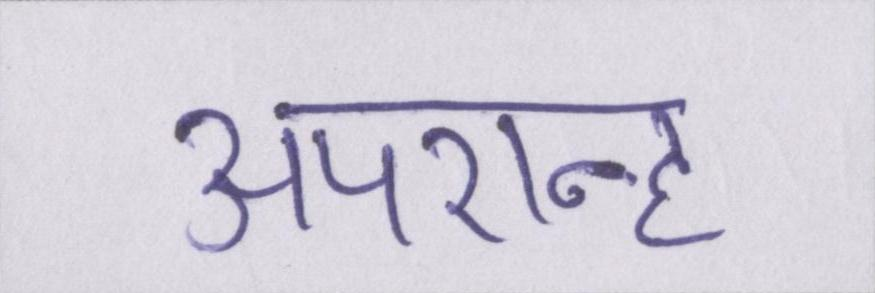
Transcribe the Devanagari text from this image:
अपरान्ह